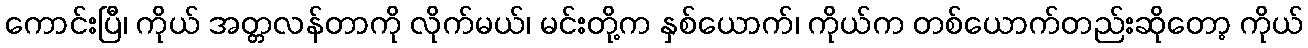
ကောင်းပြီ၊ ကိုယ် အတ္တလန်တာကို လိုက်မယ်၊ မင်းတို့က နှစ်ယောက်၊ ကိုယ်က တစ်ယောက်တည်းဆိုတော့ ကိုယ်